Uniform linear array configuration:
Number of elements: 4
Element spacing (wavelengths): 0.5
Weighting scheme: binomial
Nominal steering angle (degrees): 15
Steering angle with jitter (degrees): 16.903
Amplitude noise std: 0.05
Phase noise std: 0.05

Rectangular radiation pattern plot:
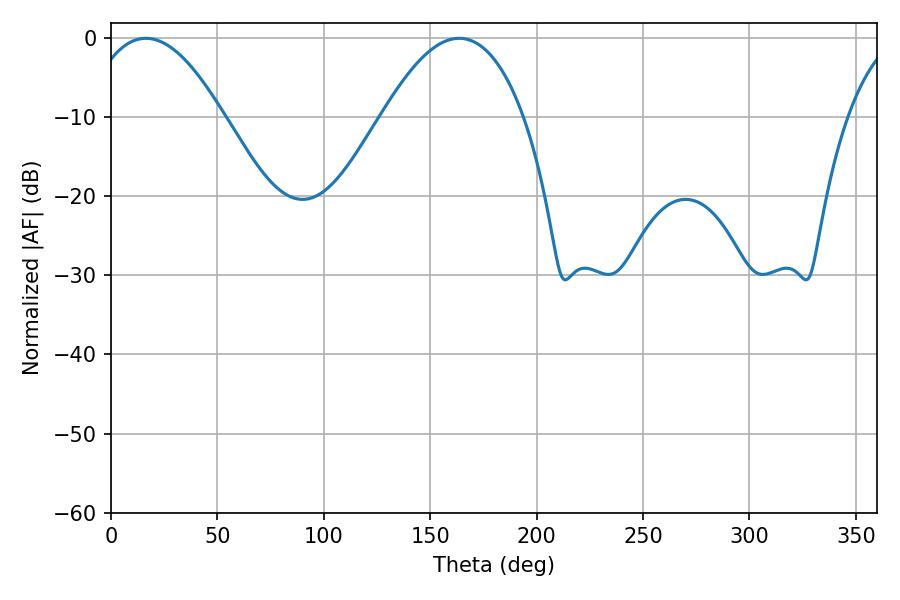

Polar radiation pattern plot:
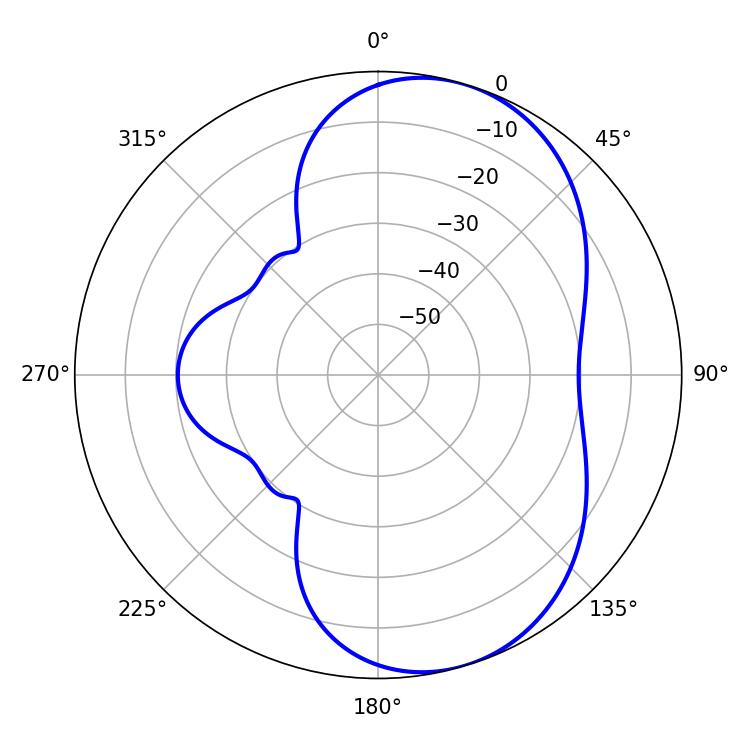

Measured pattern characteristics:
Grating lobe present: FALSE
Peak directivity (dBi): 6.705
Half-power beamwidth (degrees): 35.64
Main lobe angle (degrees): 16.38